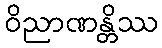
ဝိညာဏန္တိဿ